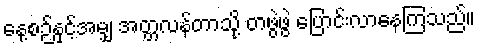
နေ့စဉ်နှင့်အမျှ အတ္တလန်တာသို့ တဖွဲဖွဲ ပြောင်းလာနေကြသည်။